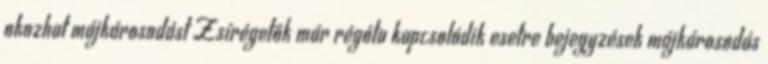
okozhat májkárosodást Zsírégetők már régóta kapcsolódik esetre bejegyzések májkárosodás